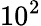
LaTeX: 10^{2}